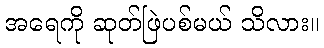
အရေကို ဆုတ်ဖြဲပစ်မယ် သိလား။